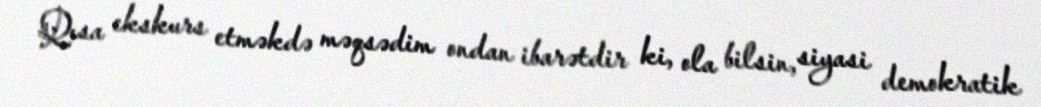
Qısa ekskurs etməkdə məqsədim ondan ibarətdir ki, ola bilsin, siyasi demokratik